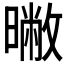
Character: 𣊶